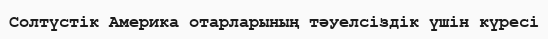
Солтүстік Америка отарларының тәуелсіздік үшін күресі